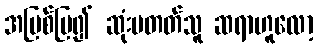
အပြစ်ပြ၍ ဆုံးမတတ်သူ ဆရာဟူလော့